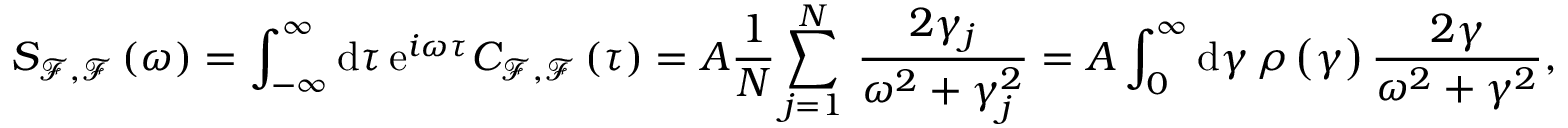
S _ { \mathcal { F } , \mathcal { F } } \left( \omega \right) = \int _ { - \infty } ^ { \infty } \mathrm { d } \tau \, \mathrm { e } ^ { i \omega \tau } C _ { \mathcal { F } , \mathcal { F } } \left( \tau \right) = A \frac { 1 } { N } \sum _ { j = 1 } ^ { N } \, \frac { 2 \gamma _ { j } } { \omega ^ { 2 } + \gamma _ { j } ^ { 2 } } = A \int _ { 0 } ^ { \infty } \mathrm { d } \gamma \, \rho \left( \gamma \right) \frac { 2 \gamma } { \omega ^ { 2 } + \gamma ^ { 2 } } ,